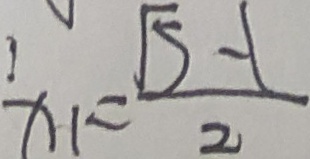
x _ { 1 } = \frac { \sqrt { 5 } - 1 } { 2 }